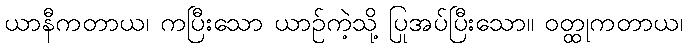
ယာနီကတာယ၊ ကပြီးသော ယာဉ်ကဲ့သို့ ပြုအပ်ပြီးသော။ ဝတ္ထုကတာယ၊